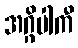
အဂ္ဂိပါကီ